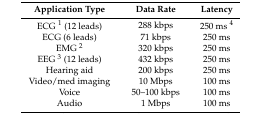
| Application Type | Data Rate | Latency |
 | --- | --- | --- |
 | ECG 1 (12 leads) | 288 kbps | 250 ms 4 |
 | ECG (6 leads) | 71 kbps | 250 ms |
 | EMG 2 | 320 kbps | 250 ms |
 | EEG 3 (12 leads) | 432 kbps | 250 ms |
 | Hearing aid | 200 kbps | 250 ms |
 | Video/med imaging | 10 Mbps | 100 ms |
 | Voice | 50–100 kbps | 100 ms |
 | Audio | 1 Mbps | 100 ms |